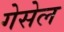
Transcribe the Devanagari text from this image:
गेसेल